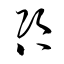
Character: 咨